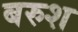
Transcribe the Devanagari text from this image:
बरुश